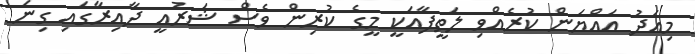
މިއަދު އައްޔަން ކުރެއްވި ލަތީފާއަކީ މީގެ ކުރިން ވެސް ޝަރުއީ ދާއިރާގައި ގިނަ